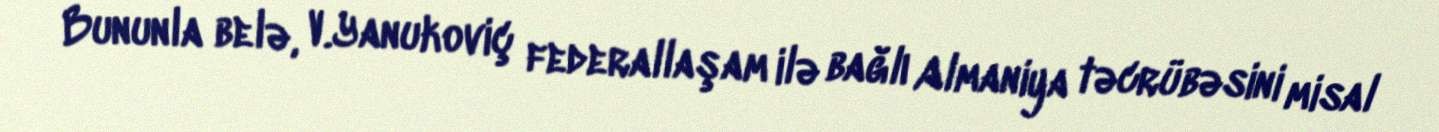
Bununla belə, V.Yanukoviç federallaşam ilə bağlı Almaniya təcrübəsini misal